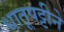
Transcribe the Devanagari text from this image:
धातूपट्टीने